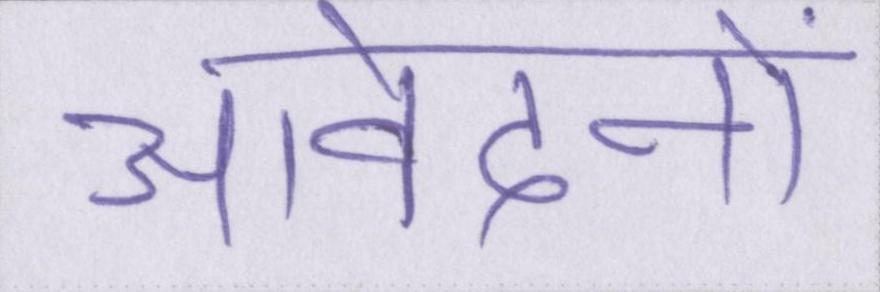
आवेदनों